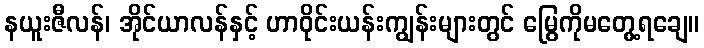
နယူးဇီလန်၊ အိုင်ယာလန်နှင့် ဟာဝိုင်းယန်းကျွန်းများတွင် မြွေကိုမတွေ့ရချေ။